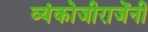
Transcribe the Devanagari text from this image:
व्यंकोजीराजेंनी